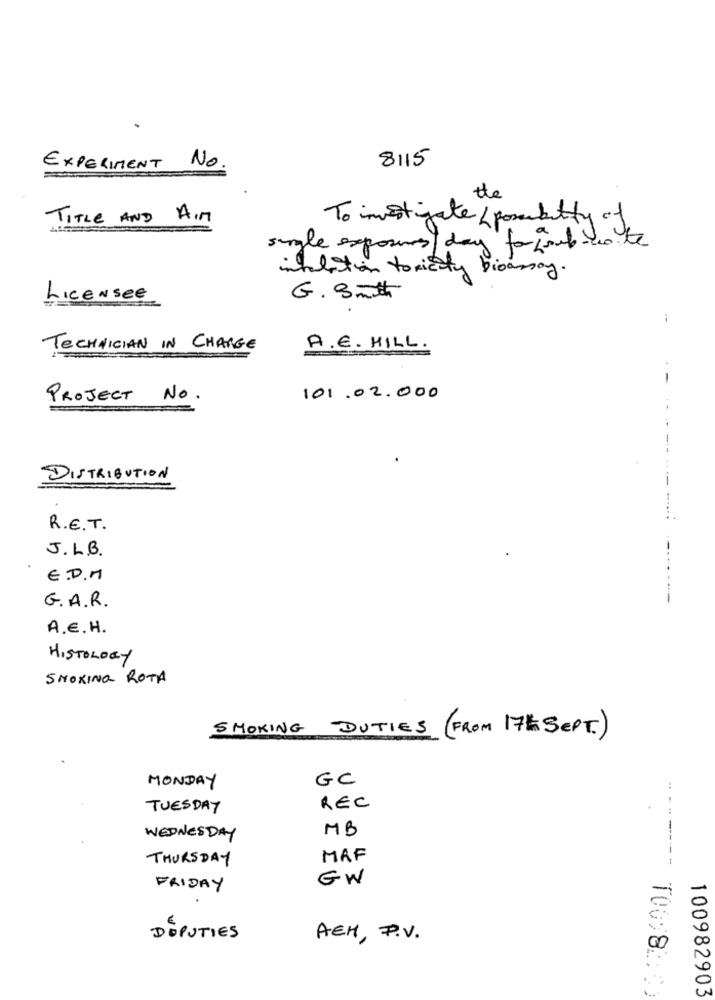
8115
EXPERIMENT NO.
the
TITLE AND A.M
To investigate/ possibility "If
single exposes /day for fout-w.f
inflation toxicity bioassay.
LICENSee
G. Smith
TECHNICIAN IN CHARGE
A. E. HILL.
PROJECT NO.
101.02.000
-
DISTRIBUTION
--
R.E.T.
J.L.B.
-..
E.D.M
G.A.R.
A.E. H.
HISTOLOGY
SMOKING ROTA
SMOKING DUTIES (FROM 17h SEPT.)
GC
MONDAY
TUESDAY
REC
MB
WEDNESDAY
THURSDAY
MAF
GW
FRIDAY
DEPUTIES
ACH, P.V.
T00 82:0)
100982903